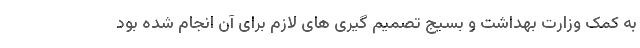
به کمک وزارت بهداشت و بسیج تصمیم گیری های لازم برای آن انجام شده بود